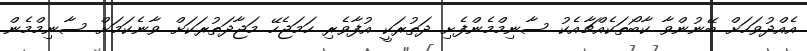
އެއްދުވަހަށް ބޭނުންވާ ކާބޯތަކެއްޗާއެކު ސާނިމްމެންފެށި ދަތުރަކީ އުފާވެރި ހަމަޖެހޭ މަޖާދަތުރަކަށް ވާނެކަމަށް ސާނިމްމެން